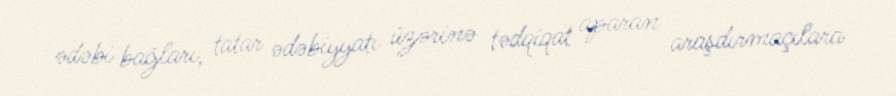
ədəbi bağları, tatar ədəbiyyatı üzərinə tədqiqat aparan araşdırmaçılara